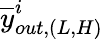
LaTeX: \overline{{y}}_{out,(L,H)}^{i}